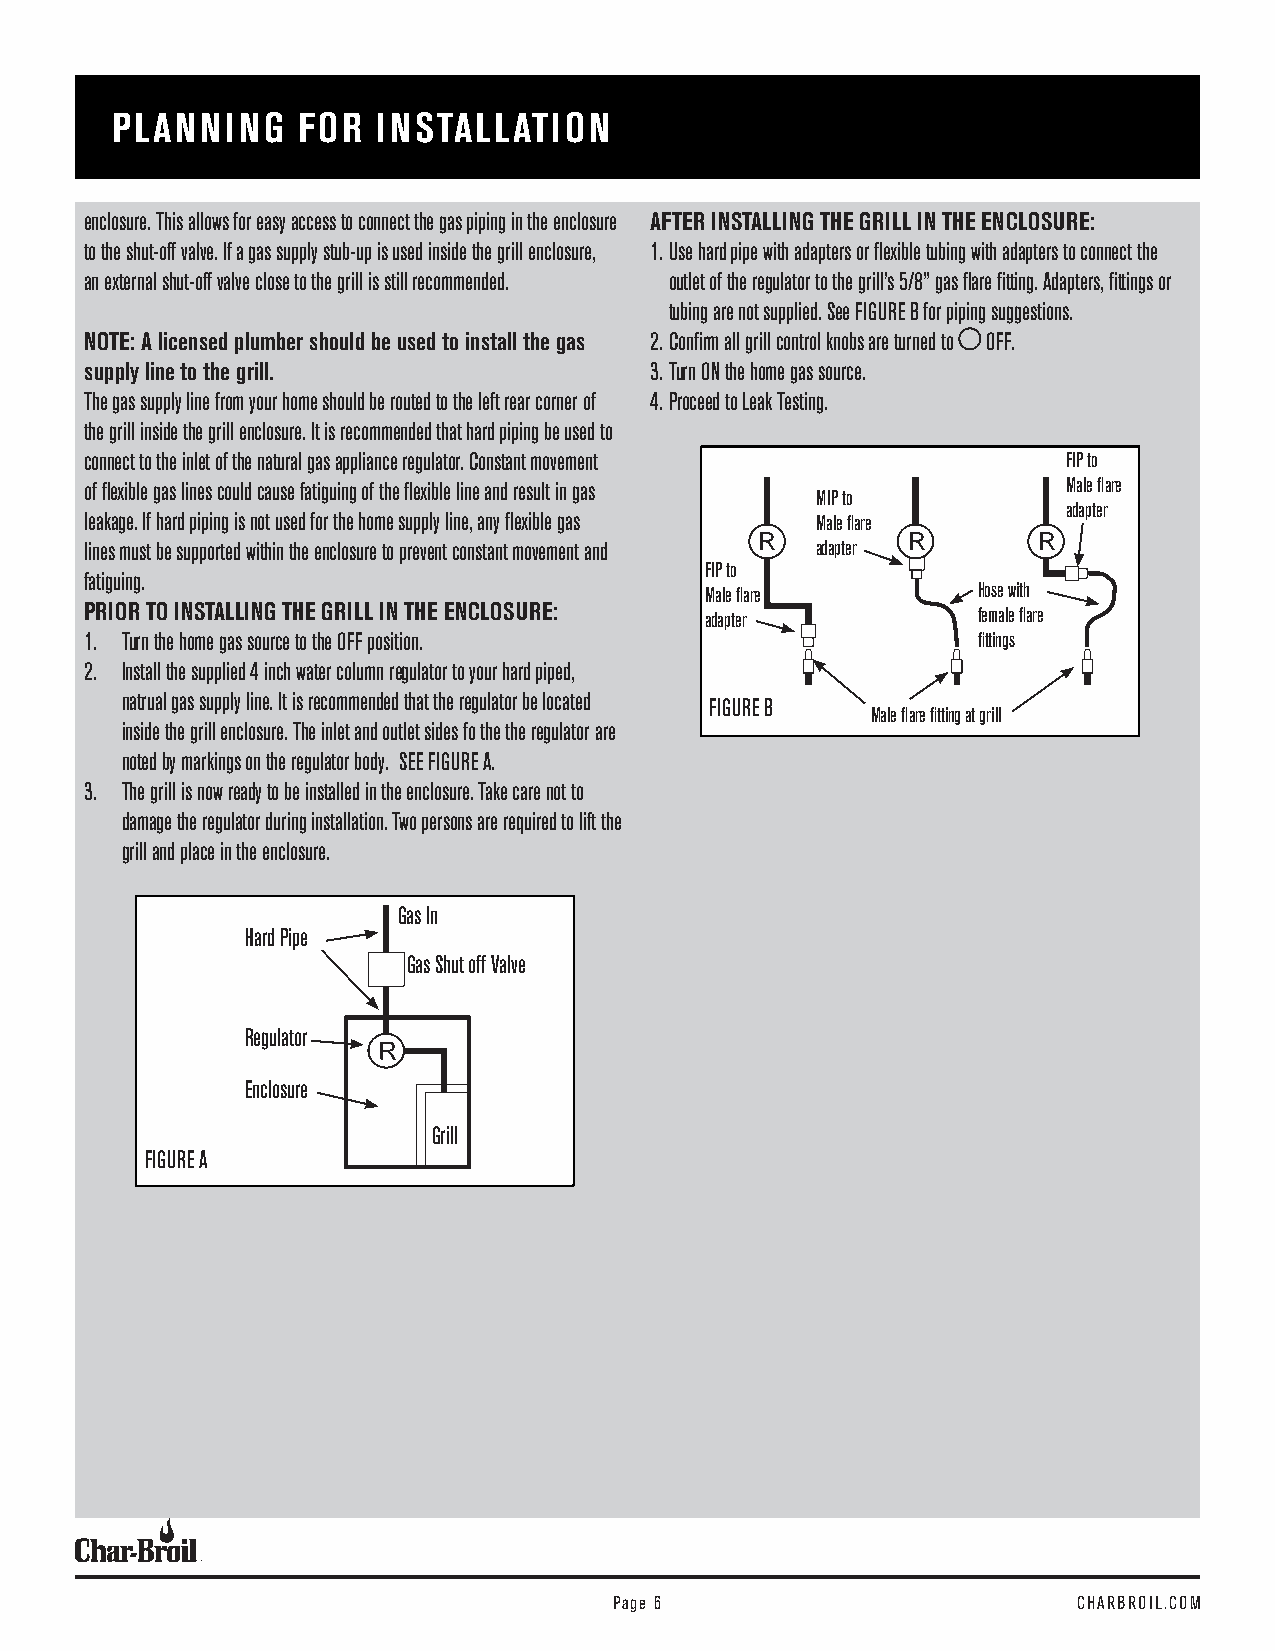
PLANNING     FOR  INSTALLATION
 enclosure. This allows for easy access to connect the gas piping in the enclosure AFTER INSTALLING THE GRILL IN THE ENCLOSURE:
 to the shut-off valve. If a gas supply stub-up is used inside the grill enclosure, 1. Use hard pipe with adapters or flexible tubing with adapters to connect the
 an external shut-off valve close to the grill is still recommended. outlet of the regulator to the grill’s 5/8” gas flare fitting. Adapters, fittings or
 tubing are not supplied. See FIGURE B for piping suggestions.
 NOTE: A licensed plumber should be used to install the gas 2. Confirm all grill control knobs are turned to OFF.
 supply line to the grill.            3. Turn ON the home gas source.
 The gas supply line from your home should be routed to the left rear corner of 4. Proceed to Leak Testing.
 the grill inside the grill enclosure. It is recommended that hard piping be used to
 connect to the inlet of the natural gas appliance regulator. Constant movement FIP to
 of flexible gas lines could cause fatiguing of the flexible line and result in gas Male flare
 MIP to
 adapter
 leakage. If hard piping is not used for the home supply line, any flexible gas Male flare
 lines must be supported within the enclosure to prevent constant movement and R adapter R R
 FIP to
 fatiguing.
 Male flare        Hose with
 PRIOR TO INSTALLING THE GRILL IN THE ENCLOSURE: adapter    female flare
 1. Turn the home gas source to the OFF position.           fittings
 2. Install the supplied 4 inch water column regulator to your hard piped,
 natrual gas supply line. It is recommended that the regulator be located
 FIGURE B
 Male flare fitting at grill
 inside the grill enclosure. The inlet and outlet sides fo the the regulator are
 noted by markings on the regulator body. SEE FIGURE A.
 3. The grill is now ready to be installed in the enclosure. Take care not to
 damage the regulator during installation. Two persons are required to lift the
 grill and place in the enclosure.
 Gas In
 Hard Pipe
 Gas Shut off Valve
 Regulator
 Enclosure
 Grill
 FIGURE A
 Page 6                        CHARBROIL.COM